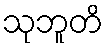
သုဘူတိ